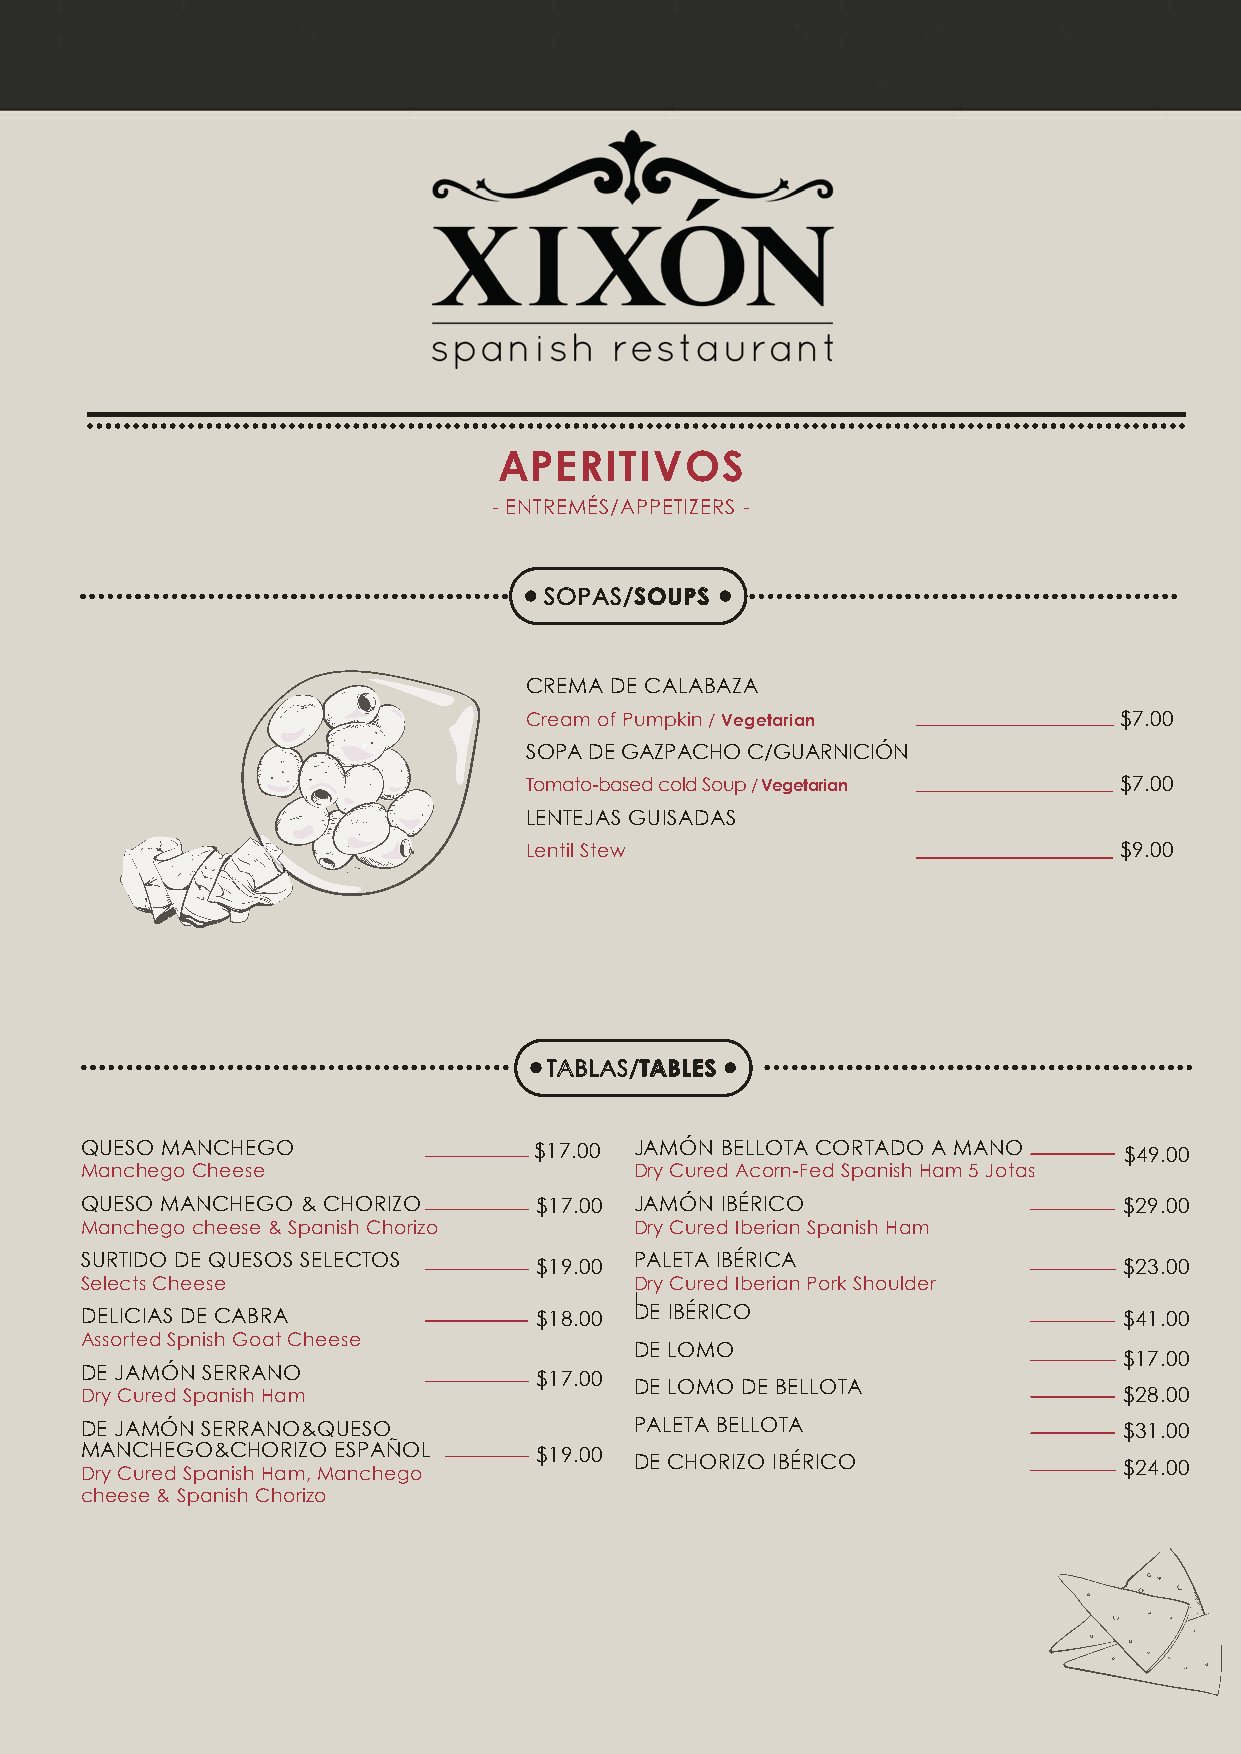
APERITIVOS
 - ENTREMÉS/APPETIZERS -
 SOPAS/SOUPS
 CREMA DE CALABAZA
 Cream of Pumpkin / Vegetarian          $7.00
 SOPA DE GAZPACHO C/GUARNICIÓN
 Tomato-based cold Soup / Vegetarian    $7.00
 LENTEJAS GUISADAS
 Lentil Stew                            $9.00
 TABLAS/TABLES
 QUESO MANCHEGO                $17.00 JAMÓN BELLOTA CORTADO A MANO    $49.00
 Manchego Cheese                      Dry Cured Acorn-Fed Spanish Ham 5 Jotas
 QUESO MANCHEGO & CHORIZO      $17.00 JAMÓN IBÉRICO                   $29.00
 Manchego cheese & Spanish Chorizo    Dry Cured Iberian Spanish Ham
 SURTIDO DE QUESOS SELECTOS           PALETA IBÉRICA
 $19.00                                 $23.00
 Selects Cheese                       Dry Cured Iberian Pork Shoulder
 I
 DELICIAS DE CABRA             $18.00 DE IBÉRICO                      $41.00
 Assorted Spnish Goat Cheese
 DE LOMO
 $17.00
 DE JAMÓN SERRANO
 $17.00
 DE LOMO DE BELLOTA
 Dry Cured Spanish Ham                                                $28.00
 DE JAMÓN SERRANO&QUESO               PALETA BELLOTA                  $31.00
 MANCHEGO&CHORIZO ESPAÑOL      $19.00
 DE CHORIZO IBÉRICO
 Dry Cured Spanish Ham, Manchego                                      $24.00
 cheese & Spanish Chorizo